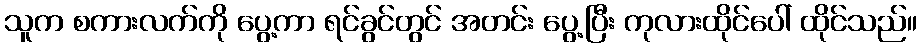
သူက စကားလက်ကို ပွေ့ကာ ရင်ခွင်တွင် အတင်း ပွေ့ပြီး ကုလားထိုင်ပေါ် ထိုင်သည်။